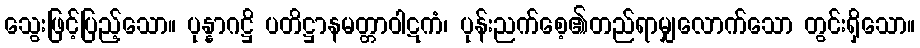
သွေးဖြင့်ပြည့်သော။ ပုန္နာဂဋ္ဌိ ပတိဋ္ဌာနမတ္တာဝါဋကံ၊ ပုန်းညက်စေ့၏တည်ရာမျှလောက်သော တွင်းရှိသော။